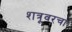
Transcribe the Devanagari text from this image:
शत्रूवरचा